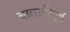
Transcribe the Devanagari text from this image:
चालाकीपूर्ण